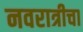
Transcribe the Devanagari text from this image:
नवरात्रीचा